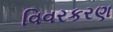
વિવરકરણ